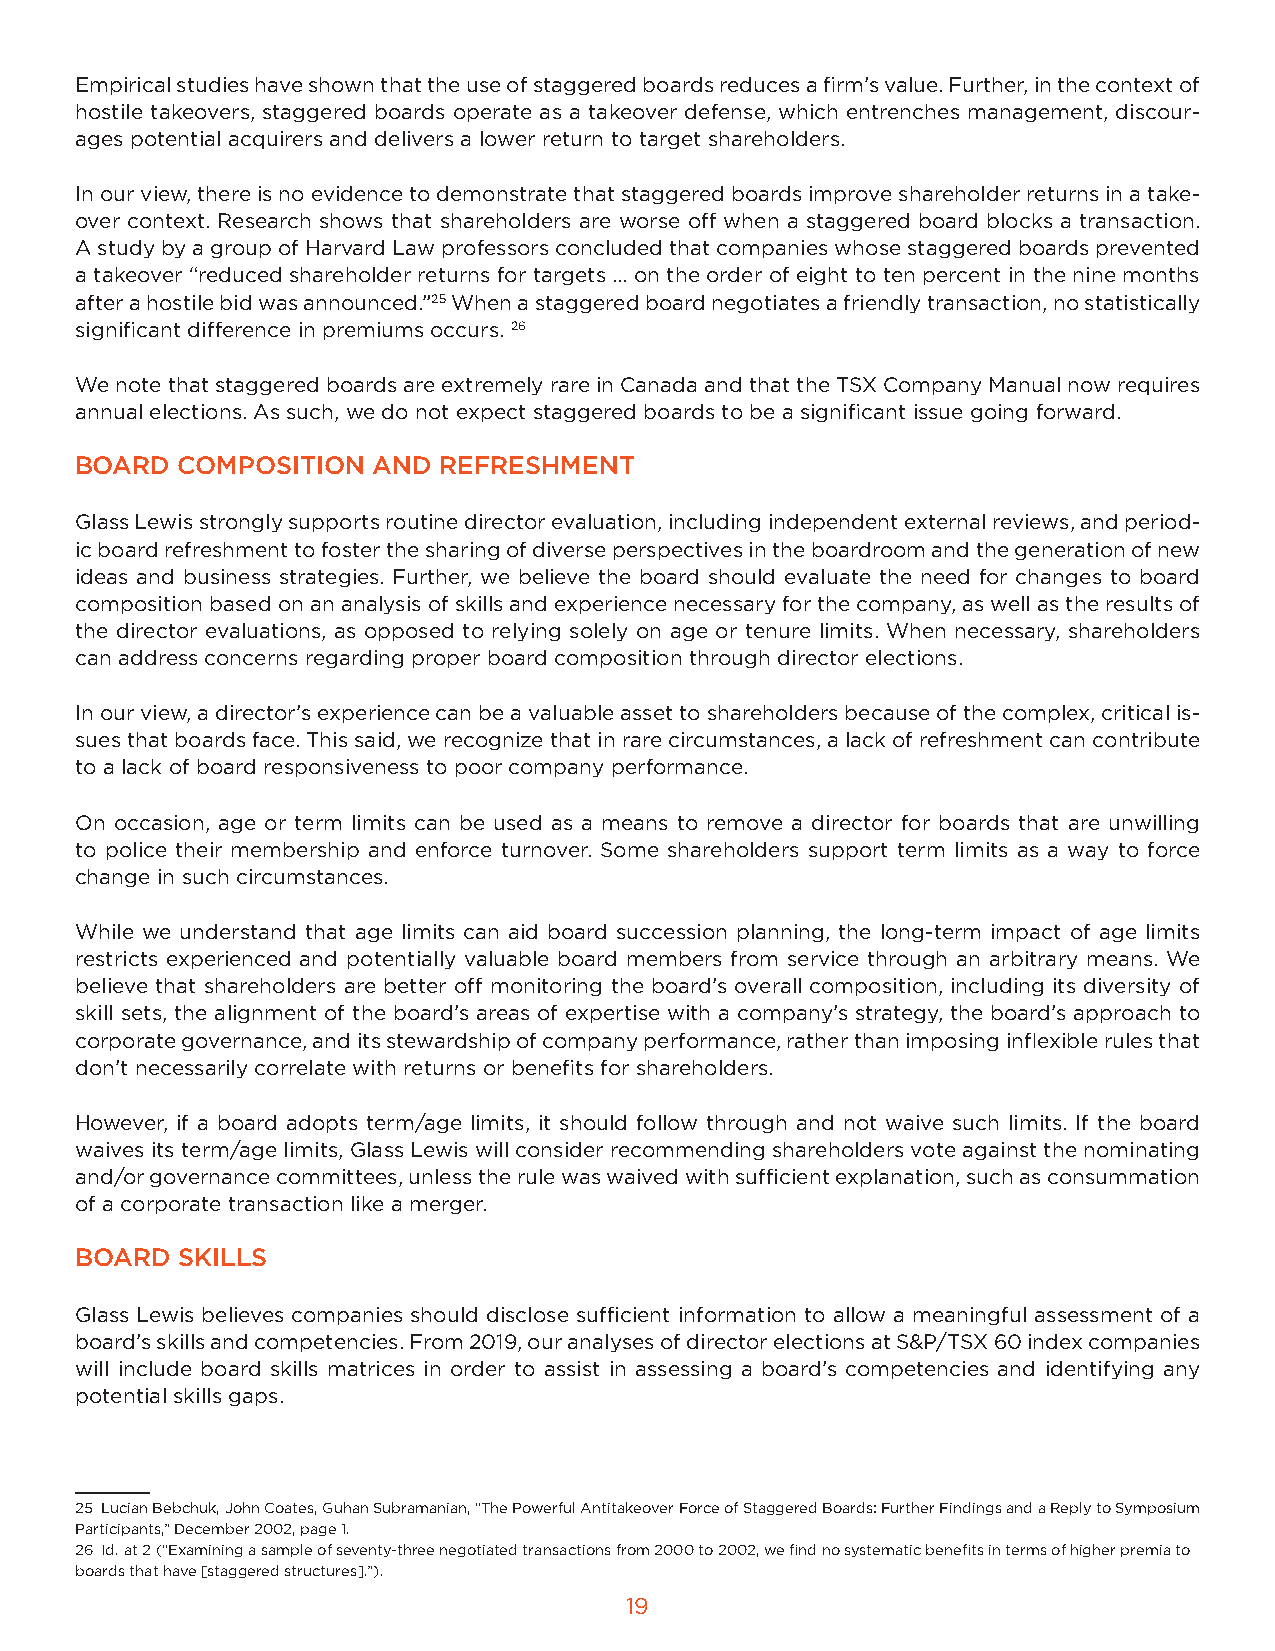
Empirical studies have shown that the use of staggered boards reduces a firm’s value. Further, in the context of
 hostile takeovers, staggered boards operate as a takeover defense, which entrenches management, discour-
 ages potential acquirers and delivers a lower return to target shareholders.
 In our view, there is no evidence to demonstrate that staggered boards improve shareholder returns in a take-
 over context. Research shows that shareholders are worse off when a staggered board blocks a transaction.
 A study by a group of Harvard Law professors concluded that companies whose staggered boards prevented
 a takeover “reduced shareholder returns for targets ... on the order of eight to ten percent in the nine months
 after a hostile bid was announced.”25 When a staggered board negotiates a friendly transaction, no statistically
 significant difference in premiums occurs. 26
 We note that staggered boards are extremely rare in Canada and that the TSX Company Manual now requires
 annual elections. As such, we do not expect staggered boards to be a significant issue going forward.
 BOARD  COMPOSITION  AND REFRESHMENT
 Glass Lewis strongly supports routine director evaluation, including independent external reviews, and period-
 ic board refreshment to foster the sharing of diverse perspectives in the boardroom and the generation of new
 ideas and business strategies. Further, we believe the board should evaluate the need for changes to board
 composition based on an analysis of skills and experience necessary for the company, as well as the results of
 the director evaluations, as opposed to relying solely on age or tenure limits. When necessary, shareholders
 can address concerns regarding proper board composition through director elections.
 In our view, a director’s experience can be a valuable asset to shareholders because of the complex, critical is-
 sues that boards face. This said, we recognize that in rare circumstances, a lack of refreshment can contribute
 to a lack of board responsiveness to poor company performance.
 On occasion, age or term limits can be used as a means to remove a director for boards that are unwilling
 to police their membership and enforce turnover. Some shareholders support term limits as a way to force
 change in such circumstances.
 While we understand that age limits can aid board succession planning, the long-term impact of age limits
 restricts experienced and potentially valuable board members from service through an arbitrary means. We
 believe that shareholders are better off monitoring the board’s overall composition, including its diversity of
 skill sets, the alignment of the board’s areas of expertise with a company’s strategy, the board’s approach to
 corporate governance, and its stewardship of company performance, rather than imposing inflexible rules that
 don’t necessarily correlate with returns or benefits for shareholders.
 However, if a board adopts term/age limits, it should follow through and not waive such limits. If the board
 waives its term/age limits, Glass Lewis will consider recommending shareholders vote against the nominating
 and/or governance committees, unless the rule was waived with sufficient explanation, such as consummation
 of a corporate transaction like a merger.
 BOARD  SKILLS
 Glass Lewis believes companies should disclose sufficient information to allow a meaningful assessment of a
 board’s skills and competencies. From 2019, our analyses of director elections at S&P/TSX 60 index companies
 will include board skills matrices in order to assist in assessing a board’s competencies and identifying any
 potential skills gaps.
 25 Lucian Bebchuk, John Coates, Guhan Subramanian, “The Powerful Antitakeover Force of Staggered Boards: Further Findings and a Reply to Symposium
 Participants,” December 2002, page 1.
 26 Id. at 2 (“Examining a sample of seventy-three negotiated transactions from 2000 to 2002, we find no systematic benefits in terms of higher premia to
 boards that have [staggered structures].”).
 19